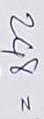
248 =